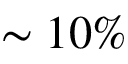
\sim 1 0 \%